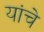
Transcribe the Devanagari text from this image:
यांंचे